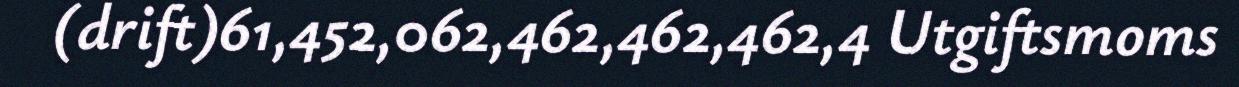
(drift)61,452,062,462,462,462,4 Utgiftsmoms